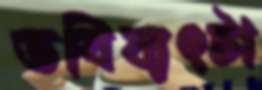
ভবিষ্যৎটা